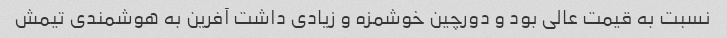
نسبت به قیمت عالی بود و دورچین خوشمزه و زیادی داشت آفرین به هوشمندی تیمش